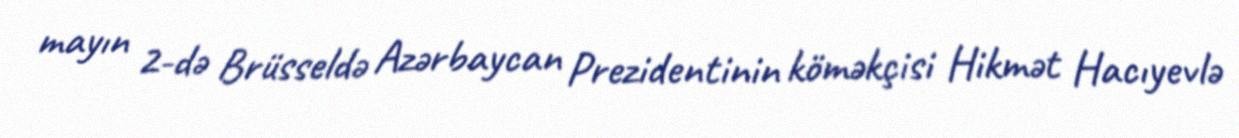
mayın 2-də Brüsseldə Azərbaycan Prezidentinin köməkçisi Hikmət Hacıyevlə